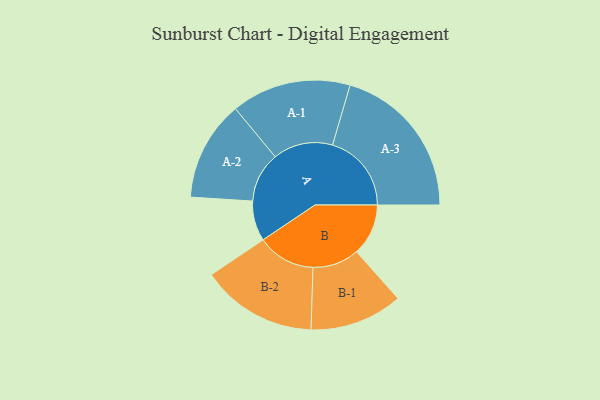
{"axis": {"x": "Segment", "y": "Value"}, "legend": ["", "A", "B"], "data": [{"x": "A", "y": 145, "type": ""}, {"x": "B", "y": 187, "type": ""}, {"x": "A-1", "y": 216, "type": "A"}, {"x": "A-2", "y": 181, "type": "A"}, {"x": "A-3", "y": 285, "type": "A"}, {"x": "B-1", "y": 168, "type": "B"}, {"x": "B-2", "y": 210, "type": "B"}]}